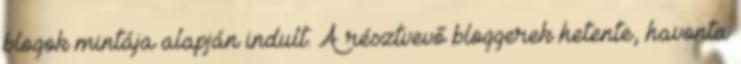
blogok mintája alapján indult. A résztvevő bloggerek hetente, havonta